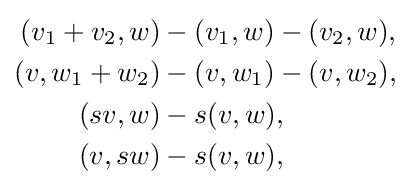
{\begin{aligned}(v_{1}+v_{2},w)&-(v_{1},w)-(v_{2},w),\\(v,w_{1}+w_{2})&-(v,w_{1})-(v,w_{2}),\\(sv,w)&-s(v,w),\\(v,sw)&-s(v,w),\end{aligned}}